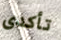
تأكدى